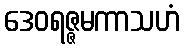
ဒေဝရဇ္ဇမကာသဟံ